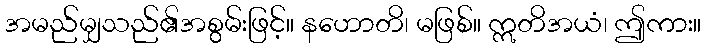
အမည်မျှသည်၏အစွမ်းဖြင့်။ နဟောတိ၊ မဖြစ်။ ဣတိအယံ၊ ဤကား။